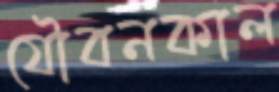
যৌবনকাল